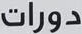
دورات